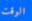
الوقت